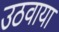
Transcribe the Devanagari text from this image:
उठवाया